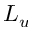
L _ { u }